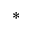
^ { * }